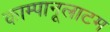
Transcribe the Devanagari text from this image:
काम्पानूलाटम